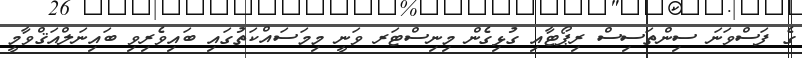
ގެ ފަސްވަނަ ސިންތަސިސް ރިޕޯޓާއި ގުޅިގެން މިނިސްޓަރ ވަނީ މިމަސައްކަތުގައި ބައިވެރިވި ބައިނަލްއަޤްވާމީ